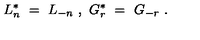
L _ { n } ^ { * } \ = \ L _ { - n } \ , \ G _ { r } ^ { * } \ = \ G _ { - r } \ .